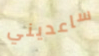
ساعديني